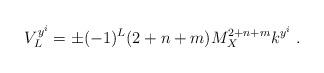
LaTeX: \begin{align*}V^{y^i}_{L}= \pm (-1)^L (2+n+m) M_X^{2+n+m} k^{y^i} ~.~\,\end{align*}